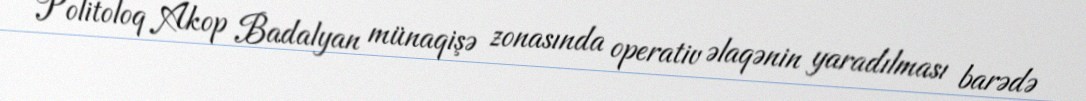
Politoloq Akop Badalyan münaqişə zonasında operativ əlaqənin yaradılması barədə